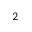
_ { 2 }